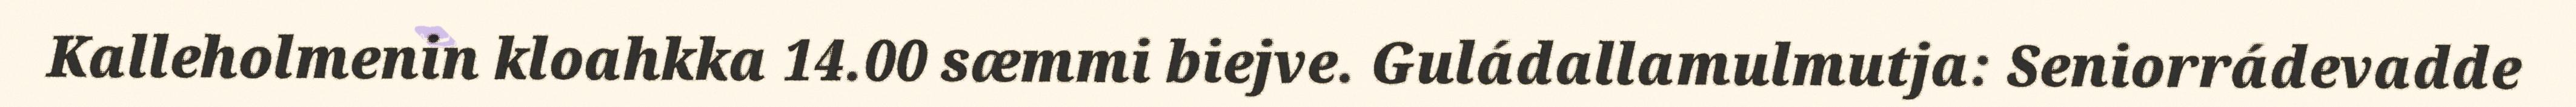
Kalleholmenin kloahkka 14.00 sæmmi biejve. Guládallamulmutja: Seniorrádevadde